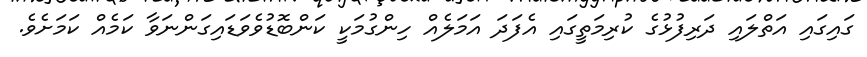
ގައިގައި އަތްލައި ދަރިފުޅުގެ ކުރިމަތީގައި އެފަދަ އަމަލެއް ހިންގުމަކީ ކަންބޮޑުވެވަޑައިގަންނަވާ ކަމެއް ކަމަށެވެ.